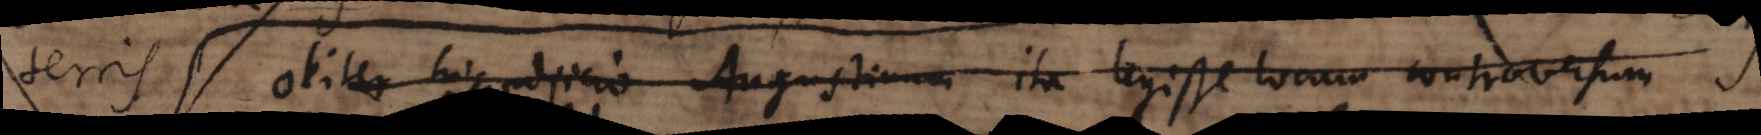
terris. Obiter his adjicio Augustinum ita legisse locum controversum S